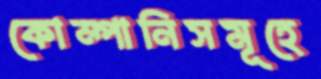
কোম্পানিসমূহে